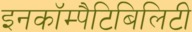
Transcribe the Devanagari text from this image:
इनकॉम्पैटिबिलिटी